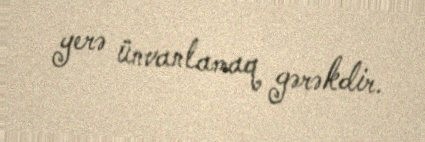
yerə ünvanlamaq gərəkdir.